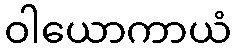
ဝါယောကာယံ